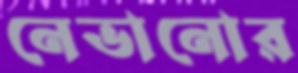
নেভানোর